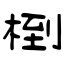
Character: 椡